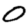
Digit: 0